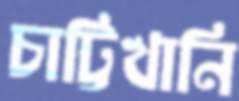
চাট্টিখানি